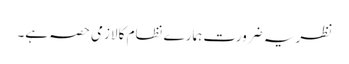
نظریہ ضرورت ہمارے نظام کا لازمی حصہ ہے۔